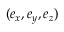
( \boldsymbol { e } _ { x } , \boldsymbol { e } _ { y } , \boldsymbol { e } _ { z } )